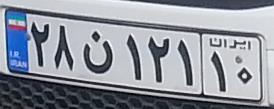
۲۸ن۱۲۱۱۰